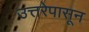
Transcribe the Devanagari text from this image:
उत्तरेपासून